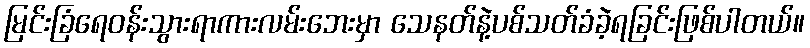
မြင်းခြံရေဝန်းသွားရာကားလမ်းဘေးမှာ သေနတ်နဲ့ပစ်သတ်ခံခဲ့ရခြင်းဖြစ်ပါတယ်။